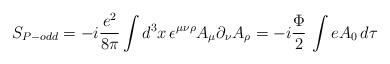
LaTeX: \begin{align*}S_{P-odd}=-i \frac{e^2}{8\pi}\int d^3 x\, \epsilon^{\mu\nu\rho}A_\mu\partial_\nu A_\rho=-i \frac{\Phi}{2}\,\int e A_0\, d\tau\end{align*}